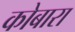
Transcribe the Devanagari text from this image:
कोबारा